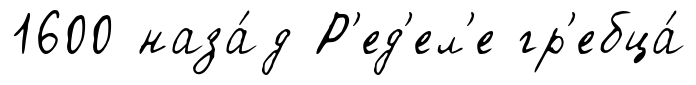
1600 наза́д Р'ед'ел'е гр'ебца́